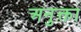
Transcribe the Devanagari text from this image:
अनुक्ता